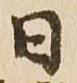
日